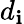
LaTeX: d_{\mathbf{i}}